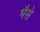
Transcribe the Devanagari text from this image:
भैसे